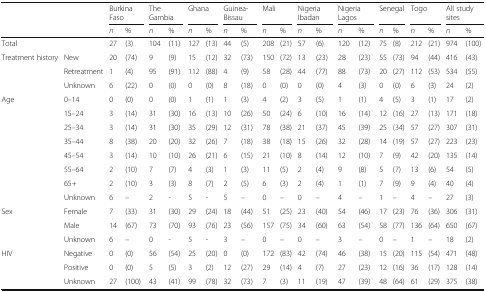
<table><thead><tr><td colspan="2" rowspan="2">[EMPTY_CELL]</td><td colspan="2"><b>Burkina Faso</b></td><td colspan="2"><b>The Gambia</b></td><td colspan="2"><b>Ghana</b></td><td colspan="2"><b>Guinea-Bissau</b></td><td colspan="2"><b>Mali</b></td><td colspan="2"><b>Nigeria Ibadan</b></td><td colspan="2"><b>Nigeria Lagos</b></td><td colspan="2"><b>Senegal</b></td><td colspan="2"><b>Togo</b></td><td colspan="2"><b>All study sites</b></td></tr><tr><td><b><i>n</i></b></td><td><b>%</b></td><td><b><i>n</i></b></td><td><b>%</b></td><td><b><i>n</i></b></td><td><b>%</b></td><td><b><i>n</i></b></td><td><b>%</b></td><td><b><i>n</i></b></td><td><b>%</b></td><td><b><i>n</i></b></td><td><b>%</b></td><td><b><i>n</i></b></td><td><b>%</b></td><td><b><i>n</i></b></td><td><b>%</b></td><td><b><i>n</i></b></td><td><b>%</b></td><td><b><i>n</i></b></td><td><b>%</b></td></tr></thead><tbody><tr><td colspan="2">Total</td><td>27</td><td>(3)</td><td>104</td><td>(11)</td><td>127</td><td>(13)</td><td>44</td><td>(5)</td><td>208</td><td>(21)</td><td>57</td><td>(6)</td><td>120</td><td>(12)</td><td>75</td><td>(8)</td><td>212</td><td>(21)</td><td>974</td><td>(100)</td></tr><tr><td rowspan="3">Treatment history</td><td>New</td><td>20</td><td>(74)</td><td>9</td><td>(9)</td><td>15</td><td>(12)</td><td>32</td><td>(73)</td><td>150</td><td>(72)</td><td>13</td><td>(23)</td><td>28</td><td>(23)</td><td>55</td><td>(73)</td><td>94</td><td>(44)</td><td>416</td><td>(43)</td></tr><tr><td>Retreatment</td><td>1</td><td>(4)</td><td>95</td><td>(91)</td><td>112</td><td>(88)</td><td>4</td><td>(9)</td><td>58</td><td>(28)</td><td>44</td><td>(77)</td><td>88</td><td>(73)</td><td>20</td><td>(27)</td><td>112</td><td>(53)</td><td>534</td><td>(55)</td></tr><tr><td>Unknown</td><td>6</td><td>(22)</td><td>0</td><td>(0)</td><td>0</td><td>(0)</td><td>8</td><td>(18)</td><td>0</td><td>(0)</td><td>0</td><td>(0)</td><td>4</td><td>(3)</td><td>0</td><td>(0)</td><td>6</td><td>(3)</td><td>24</td><td>(2)</td></tr><tr><td rowspan="8">Age</td><td>0–14</td><td>0</td><td>(0)</td><td>0</td><td>(0)</td><td>1</td><td>(1)</td><td>1</td><td>(3)</td><td>4</td><td>(2)</td><td>3</td><td>(5)</td><td>1</td><td>(1)</td><td>4</td><td>(5)</td><td>3</td><td>(1)</td><td>17</td><td>(2)</td></tr><tr><td>15–24</td><td>3</td><td>(14)</td><td>31</td><td>(30)</td><td>16</td><td>(13)</td><td>10</td><td>(26)</td><td>50</td><td>(24)</td><td>6</td><td>(10)</td><td>16</td><td>(14)</td><td>12</td><td>(16)</td><td>27</td><td>(13)</td><td>171</td><td>(18)</td></tr><tr><td>25–34</td><td>3</td><td>(14)</td><td>31</td><td>(30)</td><td>35</td><td>(29)</td><td>12</td><td>(31)</td><td>78</td><td>(38)</td><td>21</td><td>(37)</td><td>45</td><td>(39)</td><td>25</td><td>(34)</td><td>57</td><td>(27)</td><td>307</td><td>(31)</td></tr><tr><td>35–44</td><td>8</td><td>(38)</td><td>20</td><td>(20)</td><td>32</td><td>(26)</td><td>7</td><td>(18)</td><td>38</td><td>(18)</td><td>15</td><td>(26)</td><td>32</td><td>(28)</td><td>14</td><td>(19)</td><td>57</td><td>(27)</td><td>223</td><td>(23)</td></tr><tr><td>45–54</td><td>3</td><td>(14)</td><td>10</td><td>(10)</td><td>26</td><td>(21)</td><td>6</td><td>(15)</td><td>21</td><td>(10)</td><td>8</td><td>(14)</td><td>12</td><td>(10)</td><td>7</td><td>(9)</td><td>42</td><td>(20)</td><td>135</td><td>(14)</td></tr><tr><td>55–64</td><td>2</td><td>(10)</td><td>7</td><td>(7)</td><td>4</td><td>(3)</td><td>1</td><td>(3)</td><td>11</td><td>(5)</td><td>2</td><td>(4)</td><td>9</td><td>(8)</td><td>5</td><td>(7)</td><td>13</td><td>(6)</td><td>54</td><td>(5)</td></tr><tr><td>65+</td><td>2</td><td>(10)</td><td>3</td><td>(3)</td><td>8</td><td>(7)</td><td>2</td><td>(5)</td><td>6</td><td>(3)</td><td>2</td><td>(4)</td><td>1</td><td>(1)</td><td>7</td><td>(9)</td><td>9</td><td>(4)</td><td>40</td><td>(4)</td></tr><tr><td>Unknown</td><td>6</td><td>–</td><td>2</td><td>-</td><td>5</td><td>-</td><td>5</td><td>–</td><td>0</td><td>–</td><td>0</td><td>–</td><td>4</td><td>–</td><td>1</td><td>–</td><td>4</td><td>–</td><td>27</td><td>(3)</td></tr><tr><td rowspan="3">Sex</td><td>Female</td><td>7</td><td>(33)</td><td>31</td><td>(30)</td><td>29</td><td>(24)</td><td>18</td><td>(44)</td><td>51</td><td>(25)</td><td>23</td><td>(40)</td><td>54</td><td>(46)</td><td>17</td><td>(23)</td><td>76</td><td>(36)</td><td>306</td><td>(31)</td></tr><tr><td>Male</td><td>14</td><td>(67)</td><td>73</td><td>(70)</td><td>93</td><td>(76)</td><td>23</td><td>(56)</td><td>157</td><td>(75)</td><td>34</td><td>(60)</td><td>63</td><td>(54)</td><td>58</td><td>(77)</td><td>136</td><td>(64)</td><td>650</td><td>(67)</td></tr><tr><td>Unknown</td><td>6</td><td>–</td><td>0</td><td>-</td><td>5</td><td>-</td><td>3</td><td>–</td><td>0</td><td>–</td><td>0</td><td>–</td><td>3</td><td>–</td><td>0</td><td>–</td><td>1</td><td>–</td><td>18</td><td>(2)</td></tr><tr><td rowspan="3">HIV</td><td>Negative</td><td>0</td><td>(0)</td><td>56</td><td>(54)</td><td>25</td><td>(20)</td><td>0</td><td>(0)</td><td>172</td><td>(83)</td><td>42</td><td>(74)</td><td>46</td><td>(38)</td><td>15</td><td>(20)</td><td>115</td><td>(54)</td><td>471</td><td>(48)</td></tr><tr><td>Positive</td><td>0</td><td>(0)</td><td>5</td><td>(5)</td><td>3</td><td>(2)</td><td>12</td><td>(27)</td><td>29</td><td>(14)</td><td>4</td><td>(7)</td><td>27</td><td>(23)</td><td>12</td><td>(16)</td><td>36</td><td>(17)</td><td>128</td><td>(14)</td></tr><tr><td>Unknown</td><td>27</td><td>(100)</td><td>43</td><td>(41)</td><td>99</td><td>(78)</td><td>32</td><td>(73)</td><td>7</td><td>(3)</td><td>11</td><td>(19)</td><td>47</td><td>(39)</td><td>48</td><td>(64)</td><td>61</td><td>(29)</td><td>375</td><td>(38)</td></tr></tbody></table>